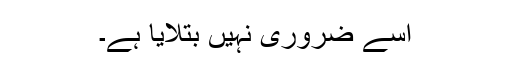
اسے ضروری نہیں بتلایا ہے۔